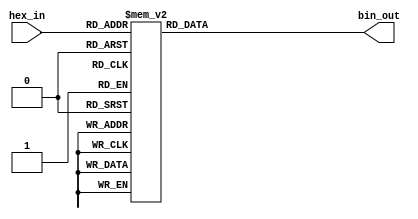
module hex_to_bin_encoder (
    input  wire [3:0] hex_in,  // 4-bit input for hexadecimal digit
    output reg  [3:0] bin_out   // 4-bit output for binary representation
);

// Combinational logic to convert hex to binary
always @(*) begin
    case (hex_in)
        4'b0000: bin_out = 4'b0000; // 0
        4'b0001: bin_out = 4'b0001; // 1
        4'b0010: bin_out = 4'b0010; // 2
        4'b0011: bin_out = 4'b0011; // 3
        4'b0100: bin_out = 4'b0100; // 4
        4'b0101: bin_out = 4'b0101; // 5
        4'b0110: bin_out = 4'b0110; // 6
        4'b0111: bin_out = 4'b0111; // 7
        4'b1000: bin_out = 4'b1000; // 8
        4'b1001: bin_out = 4'b1001; // 9
        4'b1010: bin_out = 4'b1010; // A
        4'b1011: bin_out = 4'b1011; // B
        4'b1100: bin_out = 4'b1100; // C
        4'b1101: bin_out = 4'b1101; // D
        4'b1110: bin_out = 4'b1110; // E
        4'b1111: bin_out = 4'b1111; // F
        default: bin_out = 4'b0000; // Invalid input case
    endcase
end

endmodule